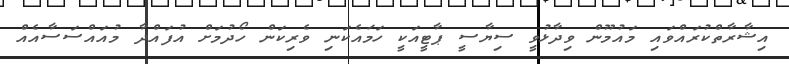
އިޝާރާތްކުރައްވައި މައުމޫން ވިދާޅުވީ ސިޔާސީ ޕާޓީއަކީ ހަމައެކަނި ވެރިކަން ހޯދުމަށް އުފައްދާ މުއައްސަސާއެއް